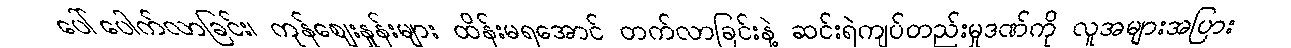
ပေါ်ပေါက်လာခြင်း၊ ကုန်ဈေးနှုန်းများ ထိန်းမရအောင် တက်လာခြင်းနဲ့ ဆင်းရဲကျပ်တည်းမှုဒဏ်ကို လူအများအပြား